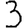
Digit: 3